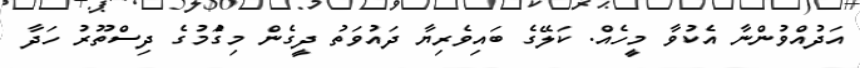
އަދުއްވުންނާ އެކުވާ މީހެއް. ކަލޭގެ ބައިވެރިޔާ ދައުވަތު ދީގެން މިގަެުމުގެެ ދިސްތޫރު ހަދާ